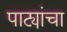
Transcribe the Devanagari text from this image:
पाट्यांचा